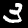
Label: 3